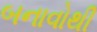
બનાવોથી